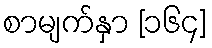
စာမျက်နှာ [၁၆၄]